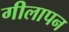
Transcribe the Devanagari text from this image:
गीलापन